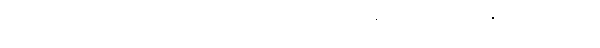
နေထိုင်ခြင်း မရှိသူ တစ်ယာက်ယောက်ရဲ့ မဲစာရင်း နာမည်နဲ့လည်း မဲလာပေးနိုင်တာမျိုးတွေပါ။